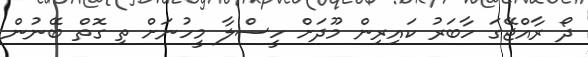
ދޯ ރާއްޖޭގަ ހާބަރު ކައިރިން މޫދަށް ހީސްލާ މީހުނަށް ތި ގޮތް ބޭނުން